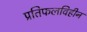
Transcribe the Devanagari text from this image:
प्रतिफलविहीन